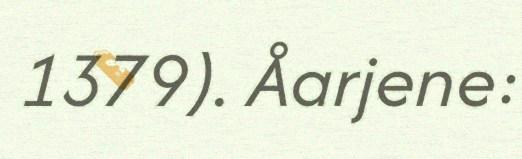
1379). Åarjene: